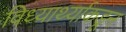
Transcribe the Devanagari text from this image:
विध्यार्थ्याकडून